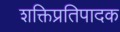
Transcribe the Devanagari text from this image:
शक्तिप्रतिपादक